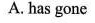
A.has gone